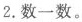
2.数一数。